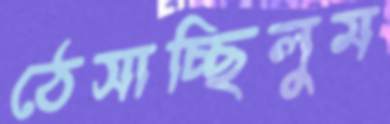
ঠেসাচ্ছিলুম